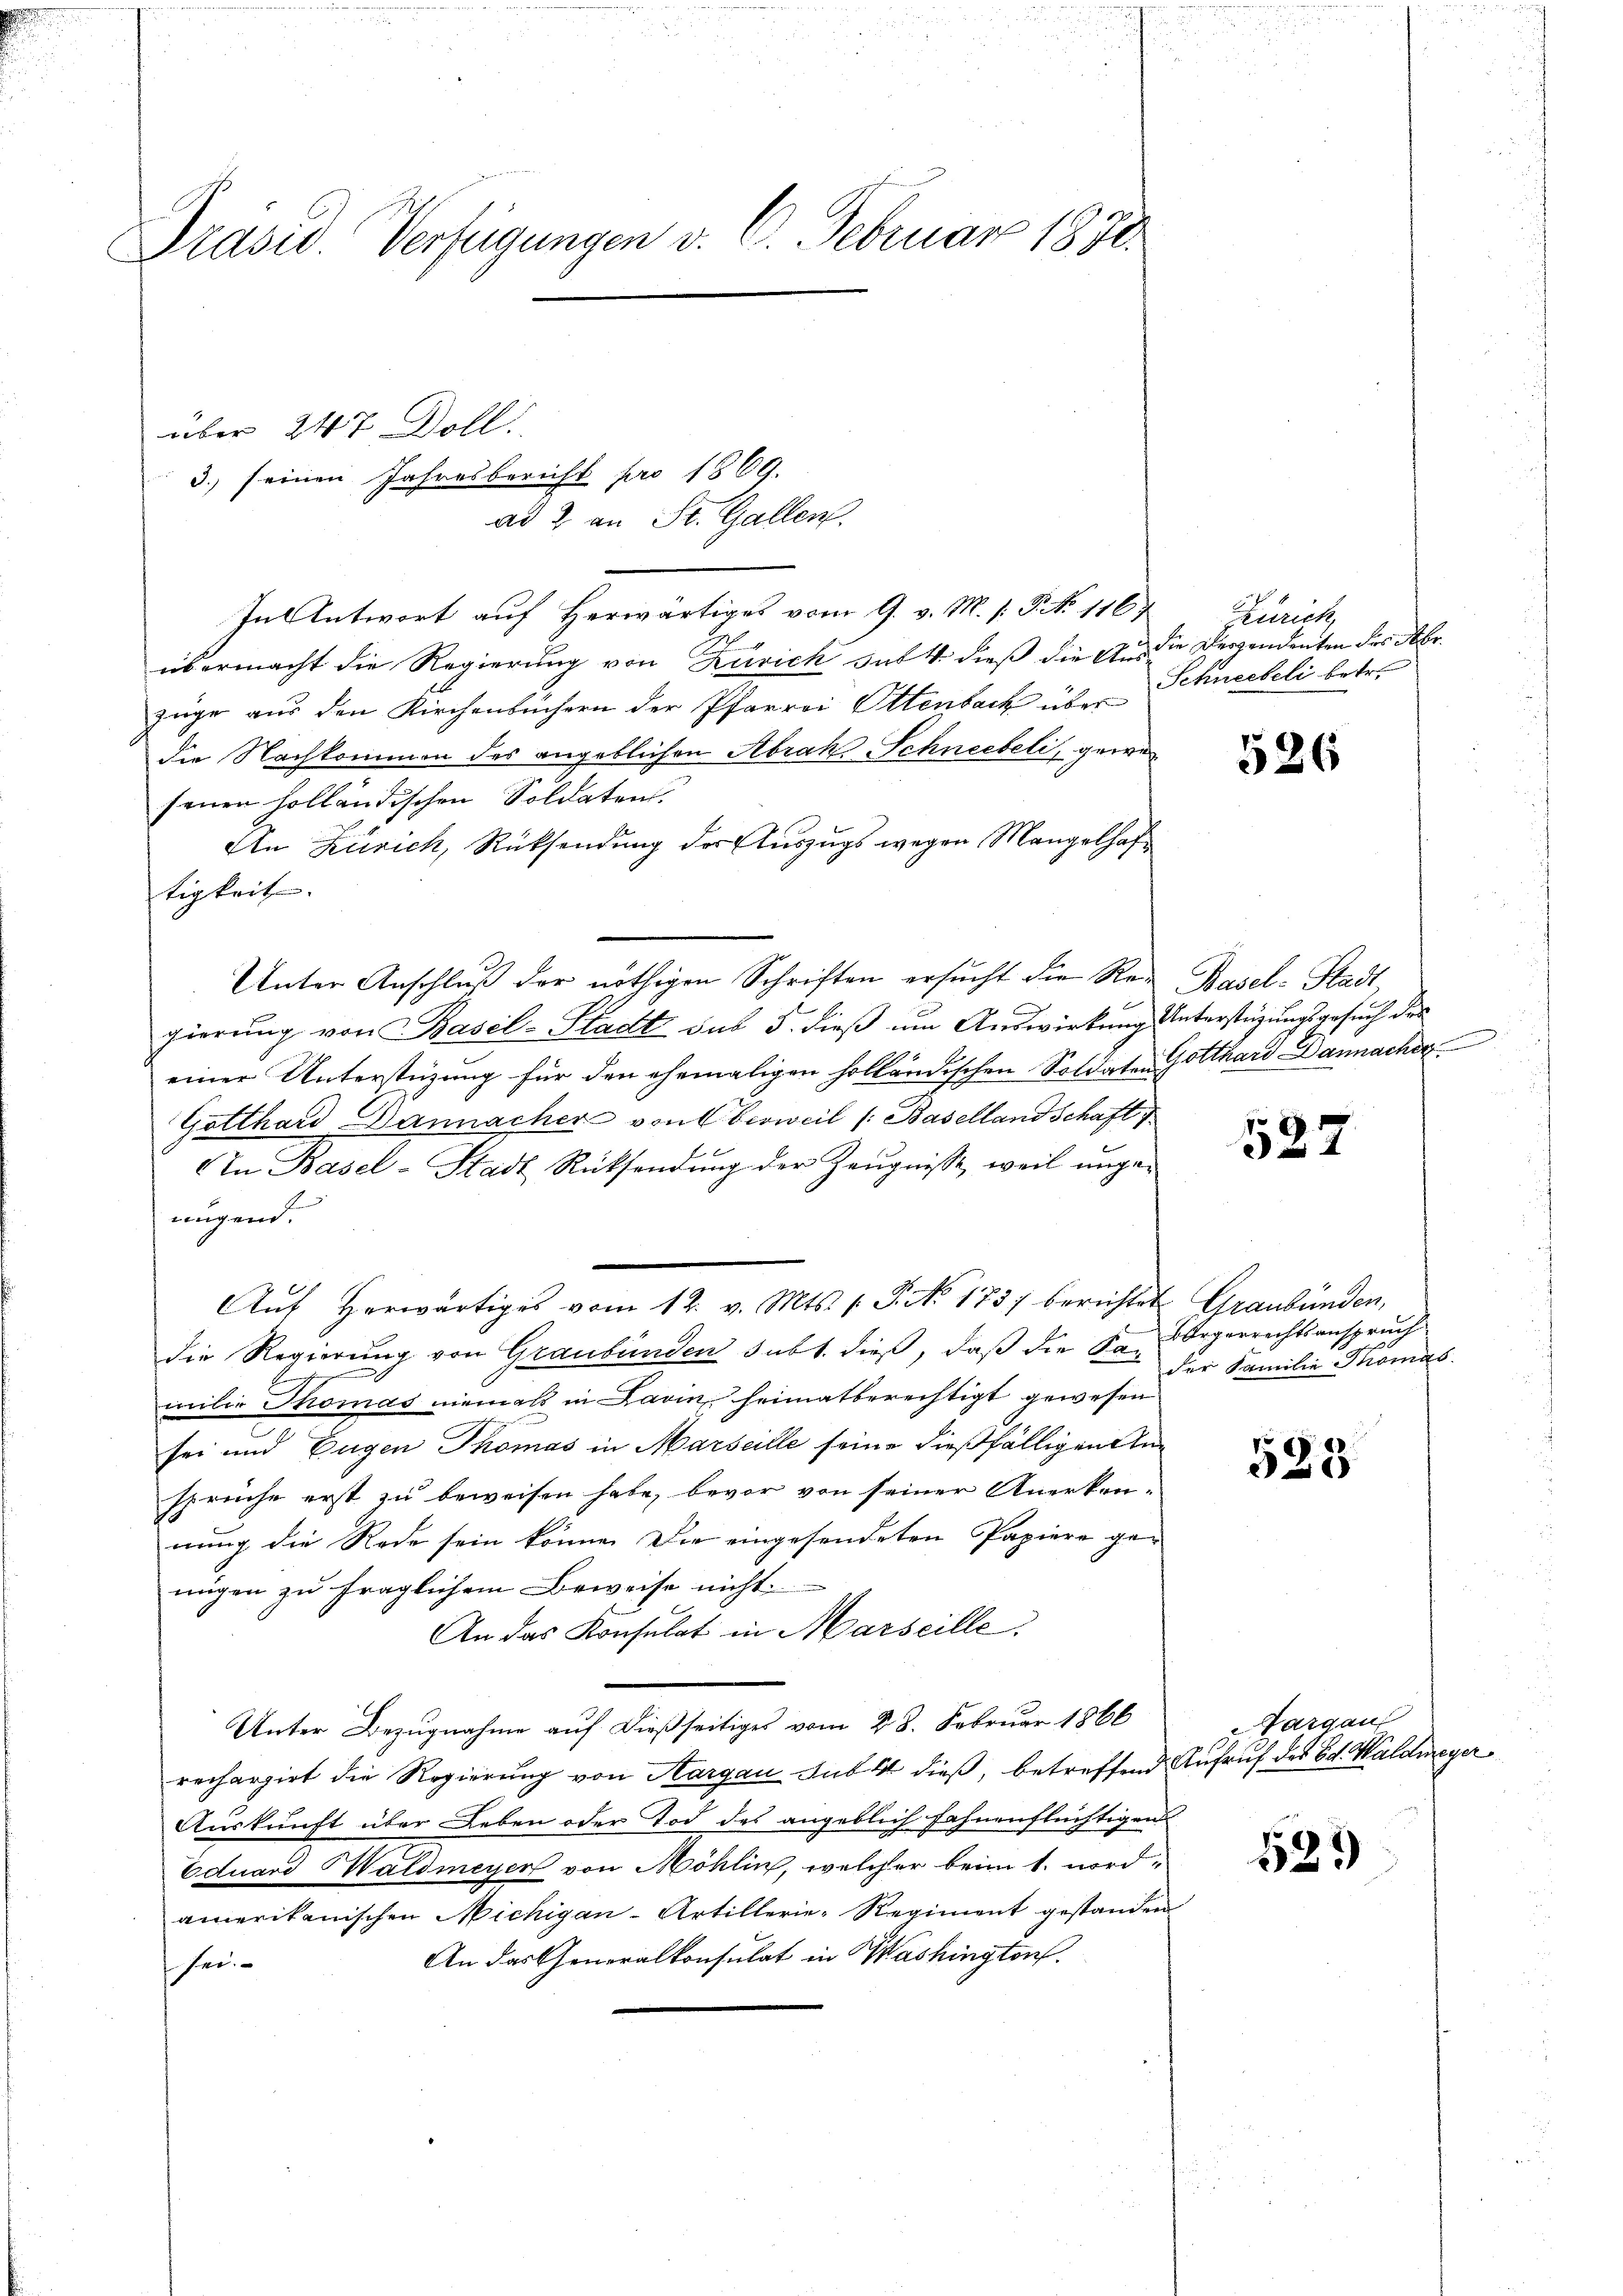
Präsid. Verfügungen v. 6. Februar 1831.

3. seinen Jahresbericht pro 1869.
ad 2. an St. Gallen.
In Antwort auf Herwärtiges vom 9. v. M. s: P. No 116
übermacht die Regierung von Rivich sat 4 dieß die Aus die Deszendenten des Abr
züge aus den Kirchenbüchern der Pfarrei Ottenbach über
die Nachkommen des angeblichen Abrak Schneebeli, gewesenen solländischen Soldaten.
An Zürich, Rücksendung der Auszugs wegen Mangelhaf
tigkeit.
gierung von Basel-Stadt das 5. dieß um Auswirkung Unterstützungsgesuch des
einer Unterstüzung für den ehemaligen holländischen Soldaten Gotthard Dannacher
Gotthard Dannacher von Verweil /: Basellandschaft
In Basel-Stadt Rücksendung der Zeugnisse, weil ungenügend.
G.
Aŭf herwärtiges vom 12. v. Mts. 3. No. 1737 berichtet Graubünden,
die Regierung von Graubünden subt. dieß, daß die San
milie Thomas niemals in Lavin, heimatberechtigt gewesen
sei und Eugen Thomas in Marseille seine dießfälligen Ansprüche erst zu beweisen habe, bevor von seiner Anerkennung die Rede sein könne. Die eingesendeten Papiere ge-
nügen zu fraglichem Beweise nicht.
An das Konsulat in Marseille
Unter Bezugnahme auf dießseitiges vom 28. Februar 1866
rechargirt die Regierung von Aargau sub dieß, betreffend Aufruf des Ed. Waldmeyer
Auskunft über Leben oder Tod des angeblich fahnenflüchtigen
Eduard Waldmeyer von Möhlin, welcher beim 1. nordamerikanischen Michigan-Artillerie-Regiment gestanden
An das Generalkonsulat in Washington
ser.

über 247 Doll

Unter Anschluß der nöthigen Schriften ersŭcht die Re- Basel-Stadt,

Zürich,
Schneebeli betr.

526

527

Bürgerrechtsanspruch
der Familie Thomas

583

Margau

529